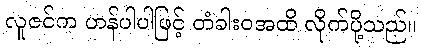
လူဇင်က ဟန်ပါပါဖြင့် တံခါးဝအထိ လိုက်ပို့သည်။